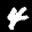
Digit: 4